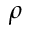
\rho